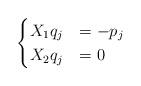
LaTeX: \begin{align*}\begin{cases}X_1 q_j&=-p_{j}\\X_2 q_j &=0\end{cases}\end{align*}